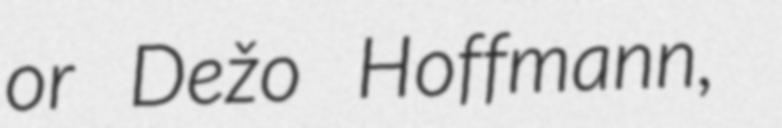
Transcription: or Dežo Hoffmann,